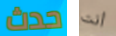
حدث أنت